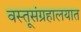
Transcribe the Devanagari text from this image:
वस्तूसंग्रहालयात